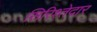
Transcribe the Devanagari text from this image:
सिरिश्तेदार